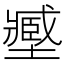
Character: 𡒉